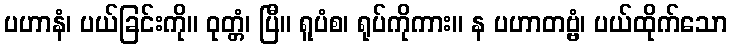
ပဟာနံ၊ ပယ်ခြင်းကို။ ဝုတ္တံ၊ ပြီ။ ရူပံစ၊ ရုပ်ကိုကား။ န ပဟာတဗ္ဗံ၊ ပယ်ထိုက်သော